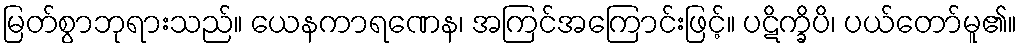
မြတ်စွာဘုရားသည်။ ယေနကာရဏေန၊ အကြင်အကြောင်းဖြင့်။ ပဋိက္ခိပိ၊ ပယ်တော်မူ၏။